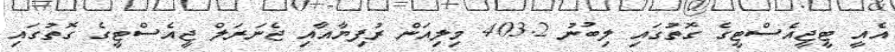
އެއީ ޓީޖީއެސްޓީގެ ގޮތުގައި ލިބުނު 403.2 މިލިއަން ރުފިޔާއާއި ޖެނަރަލް ޖީއެސްޓީގެ ގޮތުގައި